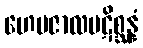
ဟေမဇာလပဋိစ္ဆန္နံ